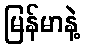
မြန်မာနဲ့